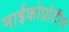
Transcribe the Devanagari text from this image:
माईकोप्रोटीन